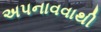
અપનાવવાથી